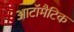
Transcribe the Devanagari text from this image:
आटॉमैटिक